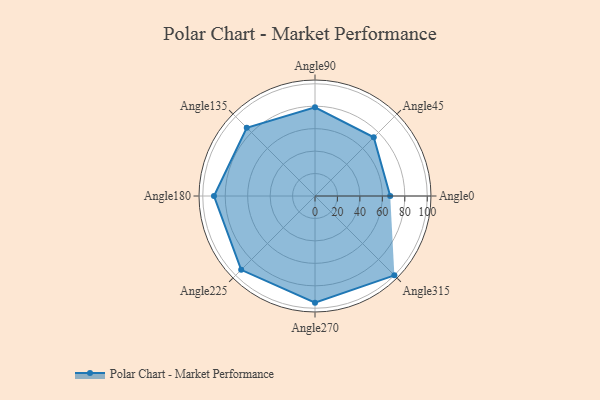
{"axis": {"x": "Angle", "y": "Radius"}, "legend": [""], "data": [{"x": "Angle0", "y": 67.0, "type": ""}, {"x": "Angle45", "y": 74.0, "type": ""}, {"x": "Angle90", "y": 79.0, "type": ""}, {"x": "Angle135", "y": 86.0, "type": ""}, {"x": "Angle180", "y": 90.0, "type": ""}, {"x": "Angle225", "y": 93.0, "type": ""}, {"x": "Angle270", "y": 95.0, "type": ""}, {"x": "Angle315", "y": 100.0, "type": ""}]}